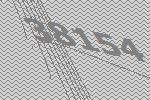
38154